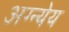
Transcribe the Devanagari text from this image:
अग्न्येय